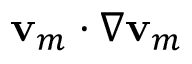
\ensuremath { \mathbf { v } } _ { m } \cdot \nabla \ensuremath { \mathbf { v } } _ { m }